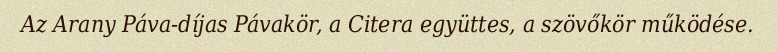
Az Arany Páva-díjas Pávakör, a Citera együttes, a szövőkör működése.